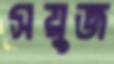
সয়ুজ